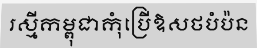
រស្មីកម្ពុជាកុំប្រើឱសថបំប៉ន